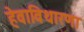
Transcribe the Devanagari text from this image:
हेवाविथारणा